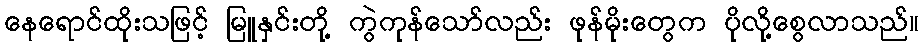
နေရောင်ထိုးသဖြင့် မြူနှင်းတို့ ကွဲကုန်သော်လည်း ဖုန်မိုးတွေက ပိုလို့စွေလာသည်။